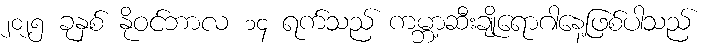
၂၀၂၅ ခုနှစ် နိုဝင်ဘာလ ၁၄ ရက်သည် ကမ္ဘာ့ဆီးချိုရောဂါနေ့ဖြစ်ပါသည်